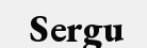
Sergu